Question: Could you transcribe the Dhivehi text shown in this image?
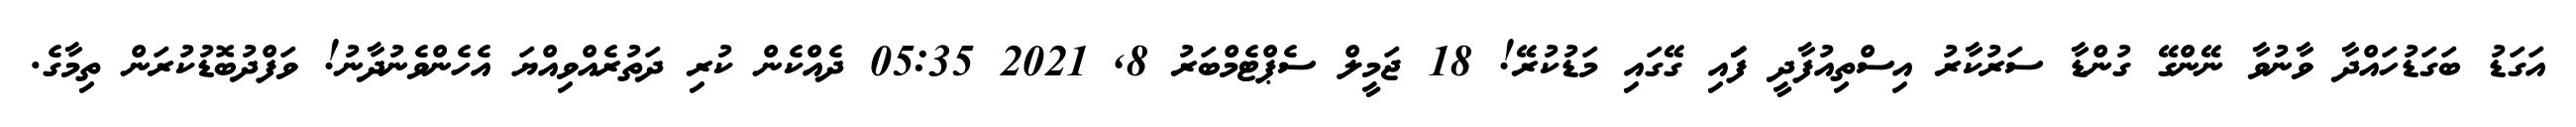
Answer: އަގަޑު ބަގަޑުހައްދާ ވާނުވާ ނޭންގޭ ގުންޑާ ސަރުކާރު އިސްތިއުފާދީ ފަަަަަަަަަަަަަައި ގޭގައި މަޑުކުރޭ! 18 ޖަމީލް ސެޕްޓެމްބަރު 8, 2021 05:35 ދެއްކެން ކުރި ދަތުރެއްވިއްޔަ އެހެންވެނުދާނު! ވަފްދުބޮޑުކުރަން ތިމާގެ.